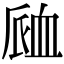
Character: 𧖴